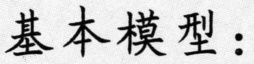
基本模型：